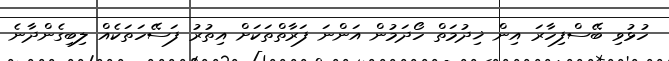
ހުޅުވި ބޭސްފިހާރަ އިން ޚިދުމަތް ހޯދަމުން އަންނަ ފަރާތްތަކަށް އިތުރު ފަސޭހަތަކެއް ލިބިގެންދާނެ